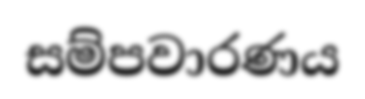
සම්පවාරණය